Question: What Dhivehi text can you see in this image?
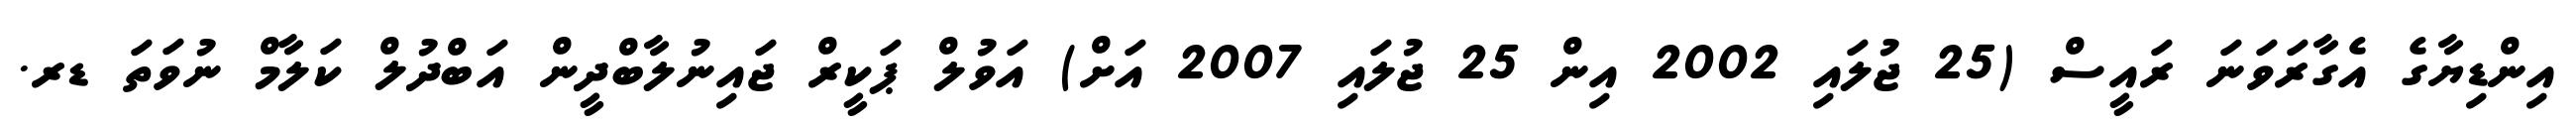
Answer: އިންޑިޔާގެ އެގާރަވަނަ ރައީސް (25 ޖުލައި 2002 އިން 25 ޖުލައި 2007 އަށް) އަވުލް ޕަކީރް ޖައިނުލާބްދީން އަބްދުލް ކަލާމް ނުވަތަ ޑރ.